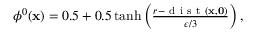
\begin{array} { r } { \phi ^ { 0 } ( \mathbf { x } ) = 0 . 5 + 0 . 5 \operatorname { t a n h } \left( \frac { r - \mathrm { ~ d ~ i ~ s ~ t ~ } ( \mathbf { x } , \mathbf { 0 } ) } { \epsilon / 3 } \right) , } \end{array}